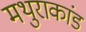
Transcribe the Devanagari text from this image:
मथुराकांड